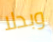
وبدلا